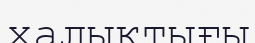
халықтығы